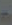
-